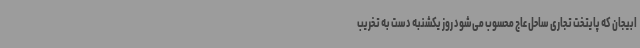
ابیجان که پایتخت تجاری ساحل عاج محسوب می‌شود روز یکشنبه دست به تخریب